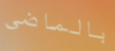
بالماضي